Madras plague regulations and rules - Volume 2
Disease focus: Plague
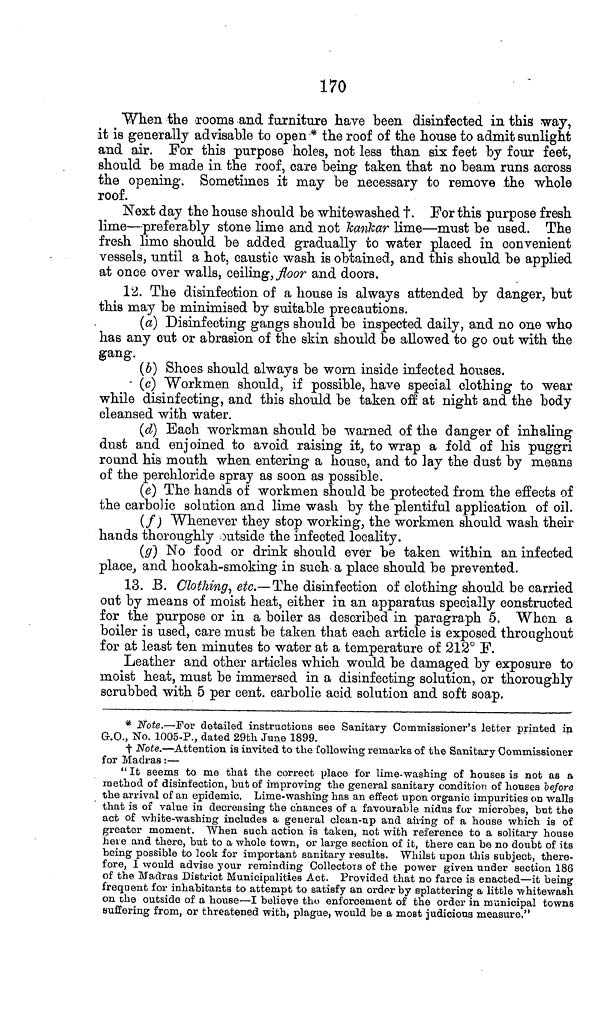
170
When the rooms and furniture have been disinfected in this way,
it is generally advisable to open * the roof of the house to admit sunlight
and air. For this purpose holes, not less than six feet by four feet,
should be made in the roof, care being taken that no beam runs across
the opening. Sometimes it may be necessary to remove the whole
roof.
Next day the house should be whitewashed †. For this purpose fresh
lime—preferably stone lime and not kankar lime—must be used. The
fresh lime should be added gradually to water placed in convenient
vessels, until a hot, caustic wash is obtained, and this should be applied
at once over walls, ceiling, floor and doors.
12. The disinfection of a house is always attended by danger, but
this may be minimised by suitable precautions.
(a) Disinfecting gangs should be inspected daily, and no one who
has any cut or abrasion of the skin should be allowed to go out with the
gang.
(6) Shoes should always be worn inside infected houses.
(c) Workmen should, if possible, have special clothing to wear
while disinfecting, and this should be taken off at night and the body
cleansed with water.
(d) Each workman should be warned of the danger of inhaling
dust and enjoined to avoid raising it, to wrap a fold of his puggri
round his mouth when entering a house, and to lay the dust by means
of the perchloride spray as soon as possible.
(e) The hands of workmen should be protected from the effects of
the carbolic solution and lime wash by the plentiful application of oil.
(f) Whenever they stop working, the workmen should wash then-
hands thoroughly outside the infected locality.
(g) No food or drink should ever be taken within an infected
place, and hookah-smoking in such a place should be prevented.
13. B. Clothing, etc.—The disinfection of clothing should be carried
out by means of moist heat, either in an apparatus specially constructed
for the purpose or in a boiler as described in paragraph 5. When a
boiler is used, care must be taken that each article is exposed throughout
for at least ten minutes to water at a temperature of 212° F.
Leather and other articles which would be damaged by exposure to
moist heat, must be immersed in a disinfecting solution, or thoroughly
scrubbed with 5 per cent. carbolic acid solution and soft soap.
* Note.—For detailed instructions see Sanitary Commissioner's letter printed in
G.O., No. 1005-P., dated 29th June 1899.
† Note.—Attention is invited to the following remarks of the Sanitary Commissioner
for Madras:—
" It seems to me that the correct place for lime-washing of houses is not as a
method of disinfection, but of improving the general sanitary condition of houses before
the arrival of an epidemic. Lime-washing has an effect upon organic impurities on walls
that is of value in decreasing the chances of a favourable nidus for microbes, but the
act of white-washing includes a general clean-up and airing of a house which is of
greater moment. When such action is taken, not with reference to a solitary house
here and there, but to a whole town, or large section of it, there can be no doubt of its
being possible to look for important sanitary results. Whilst upon this subject, there-
fore, I would advise your reminding Collectors of the power given under section 186
of the Madras District Municipalities Act. Provided that no farce is enacted—it being
frequent for inhabitants to attempt to satisfy an order by splattering a little whitewash
on the outside of a house—I believe the enforcement of the order in municipal towns
suffering from, or threatened with, plague, would be a most judicious measure."